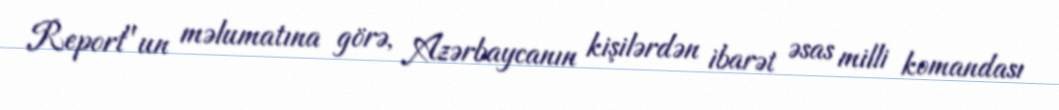
Report"un məlumatına görə, Azərbaycanın kişilərdən ibarət əsas milli komandası